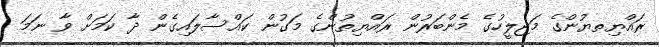
ރައްޔިތޔުންގެ މަޖިލީހުގެ މެންބަރުން ރައްޔިތުންގެ މަގުން ކައްސާލައިގެން ދާ ކަމަށް ވާ ނަމަ